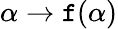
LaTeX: \alpha\rightarrow\mathtt{f}(\alpha)